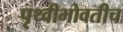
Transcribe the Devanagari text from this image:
पृथ्वीभोवतीच